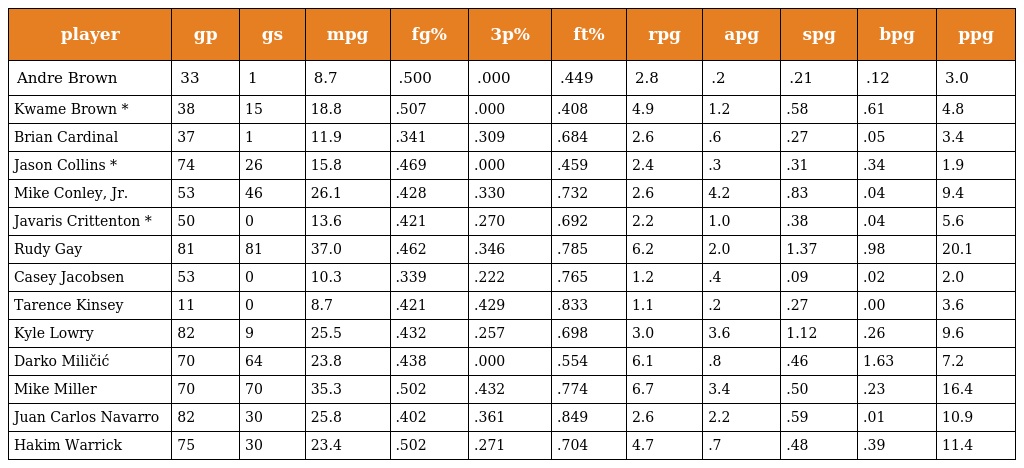
| player | gp | gs | mpg | fg% | 3p% | ft% | rpg | apg | spg | bpg | ppg |
 | --- | --- | --- | --- | --- | --- | --- | --- | --- | --- | --- | --- |
 | Andre Brown | 33 | 1 | 8.7 | .500 | .000 | .449 | 2.8 | .2 | .21 | .12 | 3.0 |
 | Kwame Brown * | 38 | 15 | 18.8 | .507 | .000 | .408 | 4.9 | 1.2 | .58 | .61 | 4.8 |
 | Brian Cardinal | 37 | 1 | 11.9 | .341 | .309 | .684 | 2.6 | .6 | .27 | .05 | 3.4 |
 | Jason Collins * | 74 | 26 | 15.8 | .469 | .000 | .459 | 2.4 | .3 | .31 | .34 | 1.9 |
 | Mike Conley, Jr. | 53 | 46 | 26.1 | .428 | .330 | .732 | 2.6 | 4.2 | .83 | .04 | 9.4 |
 | Javaris Crittenton * | 50 | 0 | 13.6 | .421 | .270 | .692 | 2.2 | 1.0 | .38 | .04 | 5.6 |
 | Rudy Gay | 81 | 81 | 37.0 | .462 | .346 | .785 | 6.2 | 2.0 | 1.37 | .98 | 20.1 |
 | Casey Jacobsen | 53 | 0 | 10.3 | .339 | .222 | .765 | 1.2 | .4 | .09 | .02 | 2.0 |
 | Tarence Kinsey | 11 | 0 | 8.7 | .421 | .429 | .833 | 1.1 | .2 | .27 | .00 | 3.6 |
 | Kyle Lowry | 82 | 9 | 25.5 | .432 | .257 | .698 | 3.0 | 3.6 | 1.12 | .26 | 9.6 |
 | Darko Miličić | 70 | 64 | 23.8 | .438 | .000 | .554 | 6.1 | .8 | .46 | 1.63 | 7.2 |
 | Mike Miller | 70 | 70 | 35.3 | .502 | .432 | .774 | 6.7 | 3.4 | .50 | .23 | 16.4 |
 | Juan Carlos Navarro | 82 | 30 | 25.8 | .402 | .361 | .849 | 2.6 | 2.2 | .59 | .01 | 10.9 |
 | Hakim Warrick | 75 | 30 | 23.4 | .502 | .271 | .704 | 4.7 | .7 | .48 | .39 | 11.4 |